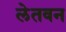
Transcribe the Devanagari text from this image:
लेतवन